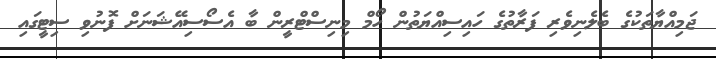
ޖަމިއްޔާތަކުގެ ބެލެނިވެރި ފަރާތުގެ ހައިސިއްޔަތުން ހޯމް މިނިސްޓްރީން ބާ އެސޯސިއޭޝަނަށް ފޮނުވި ސިޓީގައި